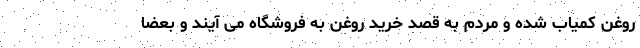
روغن کمیاب شده و مردم به قصد خرید روغن به فروشگاه می آیند و بعضاً